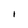
Character: I